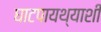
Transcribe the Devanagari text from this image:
घाटपायथ्याशी